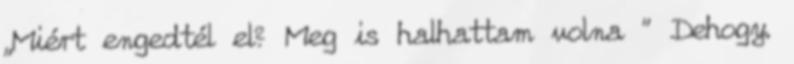
„Miért engedtél el? Meg is halhattam volna ” Dehogy.